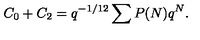
C _ { 0 } + C _ { 2 } = q ^ { - 1 / 1 2 } \sum P ( N ) q ^ { N } { } .